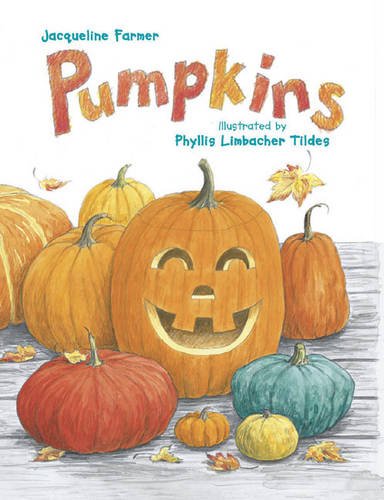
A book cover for Pumpkins; Jacqueline Farmer; Children's Books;